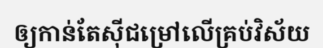
ឲ្យកាន់តែស៊ីជម្រៅលើគ្រប់វិស័យ